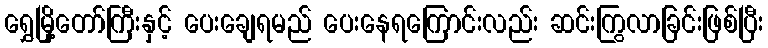
ရွှေမြို့တော်ကြီးနှင့် ပေးချေရမည် ပေးနေရကြောင်းလည်း ဆင်းကြွလာခြင်းဖြစ်ပြီး